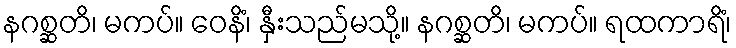
နဂစ္ဆတိ၊ မကပ်။ ဝေနိံ၊ နှီးသည်မသို့။ နဂစ္ဆတိ၊ မကပ်။ ရထကာရိံ၊